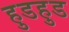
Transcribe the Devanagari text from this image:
हुडहुड